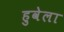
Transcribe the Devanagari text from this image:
हुवेला